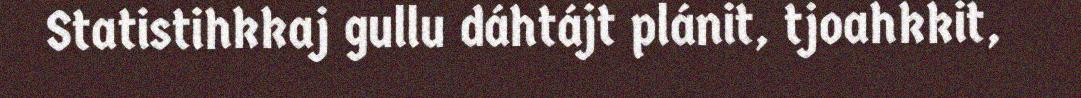
Statistihkkaj gullu dáhtájt plánit, tjoahkkit,